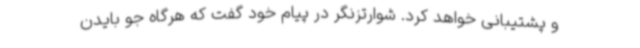
و پشتیبانی خواهد کرد. شوارتزنگر در پیام خود گفت که هرگاه جو بایدن